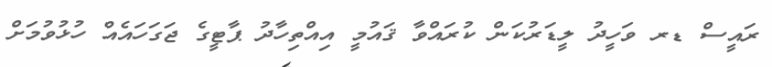
ރައީސް ޑރ ވަހީދު ލީޑަރުކަން ކުރައްވާ ޤައުމީ އިއްތިހާދު ޕާޓީގެ ޖަގަހައެެއް ހުޅުވުމަށް